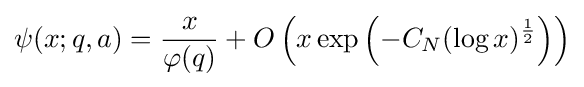
\psi (x;q,a)={\frac {x}{\varphi (q)}}+O\left(x\exp \left(-C_{N}(\log x)^{\frac {1}{2}}\right)\right)